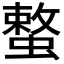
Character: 𮔳